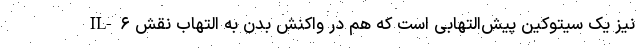
IL-۶ نیز یک سیتوکین پیش‌التهابی است که هم در واکنش بدن به التهاب نقش